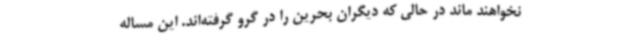
نخواهند ماند در حالی که دیگران بحرین را در گرو گرفته‌اند. این مساله